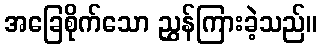
အခြေစိုက်သော ညွှန်ကြားခဲ့သည်။